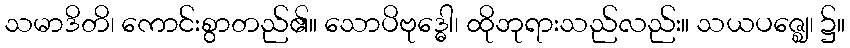
သမာဒိတိ၊ ကောင်းစွာတည်၏။ သောပိဗုဒ္ဓေါ၊ ထိုဘုရားသည်လည်း။ သယပဇ္ဈေ၊ ၌။